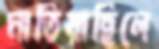
মাতিয়াছিলে